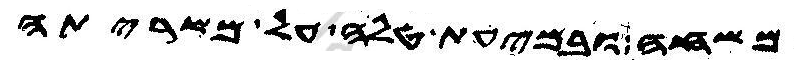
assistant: משחה ובמעית טלה על משריתה